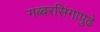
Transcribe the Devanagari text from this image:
गब्बरसिंगापुढे